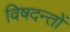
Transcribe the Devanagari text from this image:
विषदन्तों